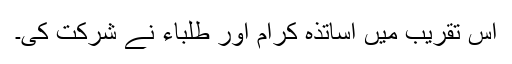
اس تقریب میں اساتذہ کرام اور طلباء نے شرکت کی۔